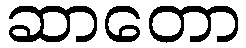
ဆာတော